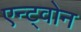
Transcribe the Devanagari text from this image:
एन्ट्वोन